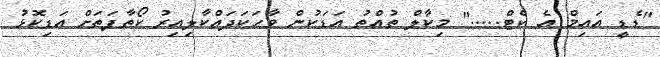
"ޑެޑީ އައިމް އެ ކެޓް....." މިކާލް ތުއްތު އަޑަކުން ވާހަކަދައްކާލިއިރު ކޯތާފަތަށް އަޑިކޮޅު